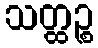
သတ္ထဉ္စ